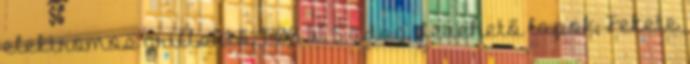
elektromos grillsütő, 1300 W, 5 adag, Levehető lapok, Fekete